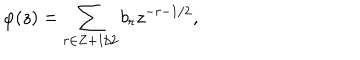
\varphi ( z ) = \sum _ { r \in Z + 1 / 2 } b _ { r } z ^ { - r - 1 / 2 } ,